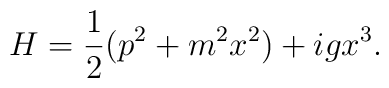
H = {1\over 2}(p^2+m^2x^2)+igx^3.